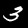
Digit: 3